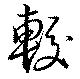
較